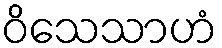
ဝိသေသာဟံ